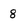
Character: 8